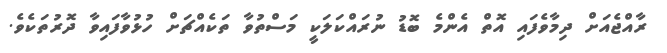
ރާއްޖެއަށް ދިމާވެފައި އޮތް އެންމެ ބޮޑު ނުރައްކަލަކީ މަސްތުވާ ތަކެއްޗަށް ހުޅުވާފައިވާ ދޮރުތަކެވެ.